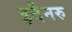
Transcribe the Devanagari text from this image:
इदैनरु